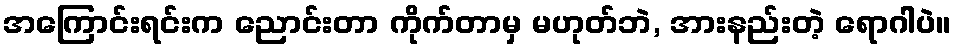
အကြောင်းရင်းက ညောင်းတာ ကိုက်တာမှ မဟုတ်ဘဲ, အားနည်းတဲ့ ရောဂါပဲ။